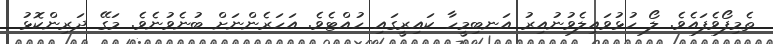
ތެމިފޯވެފައެވެ. ލޯ ހުޅުވައިލެވުނުއިރު އަނބިމީހާ ކައިރީގައި ހުއްޓެވެ. އަހަރެންނަށް ބުނެވުނެވެ. މަގޭ ދަރިންކޮޅު